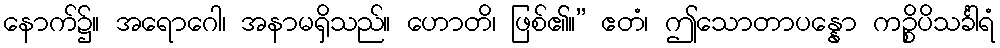
နောက်၌။ အရောဂေါ၊ အနာမရှိသည်။ ဟောတိ၊ ဖြစ်၏။” ဧတံ၊ ဤသောတာပန္နော ကဉ္စိပိသင်္ခါရံ